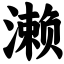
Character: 濑